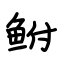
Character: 鲋